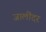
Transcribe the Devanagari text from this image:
जालींदर